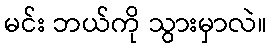
မင်း ဘယ်ကို သွားမှာလဲ။